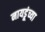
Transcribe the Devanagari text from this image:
नायडूंच्या